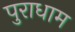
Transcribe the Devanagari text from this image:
पुराधाम